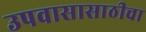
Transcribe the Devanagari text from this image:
उपवासासाठीचा